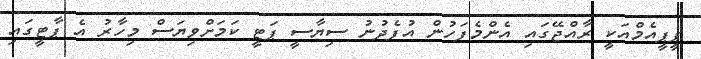
ޕީޕީއެމްއަކީ ރާއްޖޭގައި އެންމެފަހުން އުފެދުނު ސިޔާސީ ޕަޓީ ކަމަށްވިޔަސް މިހާރު އެ ޕާޓީގައި